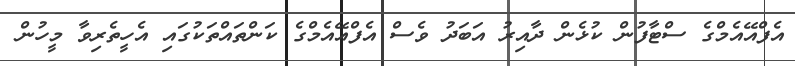
އެފްއޭއެމްގެ ސްޓާފުން ކުޅެން ދާއިރު އަބަދު ވެސް އެފްއޭއެމްގެ ކަންތައްތަކުގައި އެހީތެރިވާ މީހުން